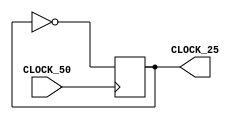
/*
 * 25MHZ clock
 */
module clock_25 (
    CLOCK_50,
    CLOCK_25
);
    input CLOCK_50;
    output CLOCK_25;
    reg clk = 0;

    always @(posedge CLOCK_50) begin
        clk <= ~clk;
    end
 
    assign CLOCK_25 = clk;
endmodule